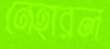
নেহারল